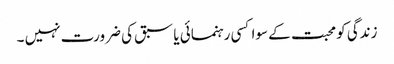
زندگی کو محبت کے سوا کسی رہنمائی یا سبق کی ضرورت نہیں ۔